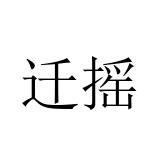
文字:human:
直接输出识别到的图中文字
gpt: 迁摇